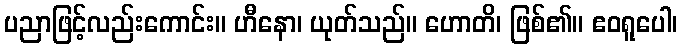
ပညာဖြင့်လည်းကောင်း။ ဟီနော၊ ယုတ်သည်။ ဟောတိ၊ ဖြစ်၏။ ဧဝရူပေါ၊